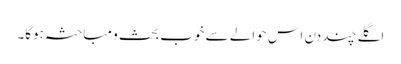
اگلے چند دن اس حوالے سے خوب بحث و مباحثہ ہوگا۔